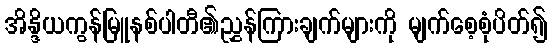
အိန္ဒိယကွန်မြူနစ်ပါတီ၏ညွှန်ကြားချက်များကို မျက်စေ့စုံပိတ်၍